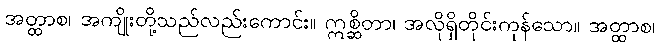
အတ္ထာစ၊ အကျိုးတို့သည်လည်းကောင်း။ ဣစ္ဆိတာ၊ အလိုရှိတိုင်းကုန်သော။ အတ္ထာစ၊